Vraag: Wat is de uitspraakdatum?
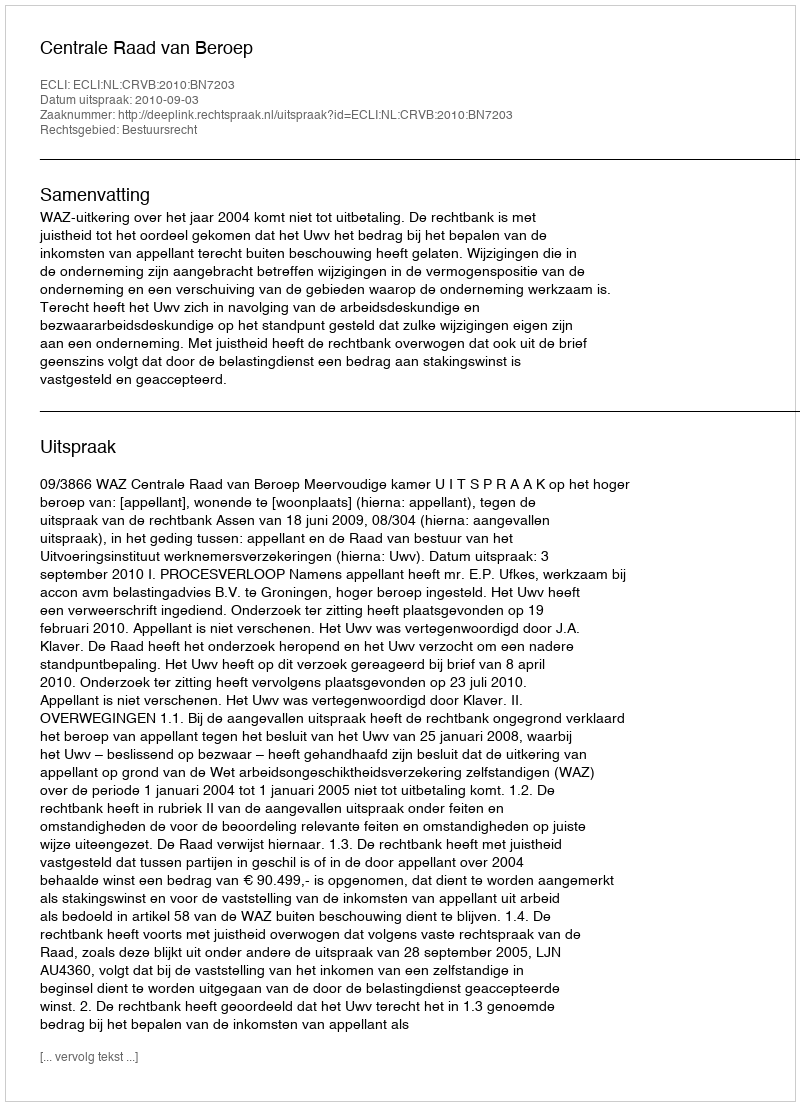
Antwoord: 2010-09-03